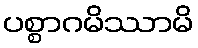
ပစ္စာဂမိဿာမိ